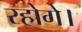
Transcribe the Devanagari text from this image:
रहोगे।